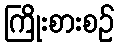
ကြိုးစားစဉ်